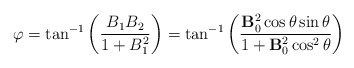
\begin{align*}\varphi=\tan^{-1}\left(\frac{B_1B_2}{1+B_1^2}\right)=\tan^{-1}\left( \frac{{\bf B}_0^2\cos\theta\sin\theta}{1+{\bf B}_0^2\cos^2\theta}\right)\end{align*}